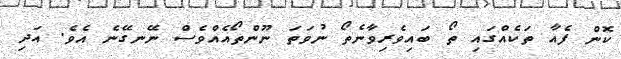
ކޮން ފެއާ ތަކެއްގައި ތޯ ބައިވެރިވާނެތޯ ނުވަތަ ނޫންތޯއެއްވެސް ނޭނގޭނެ އެވެ. އަދި